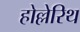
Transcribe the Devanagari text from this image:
होल्लेरिथ